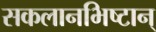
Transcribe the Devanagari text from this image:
सकलानभिष्टान्